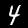
Label: 4